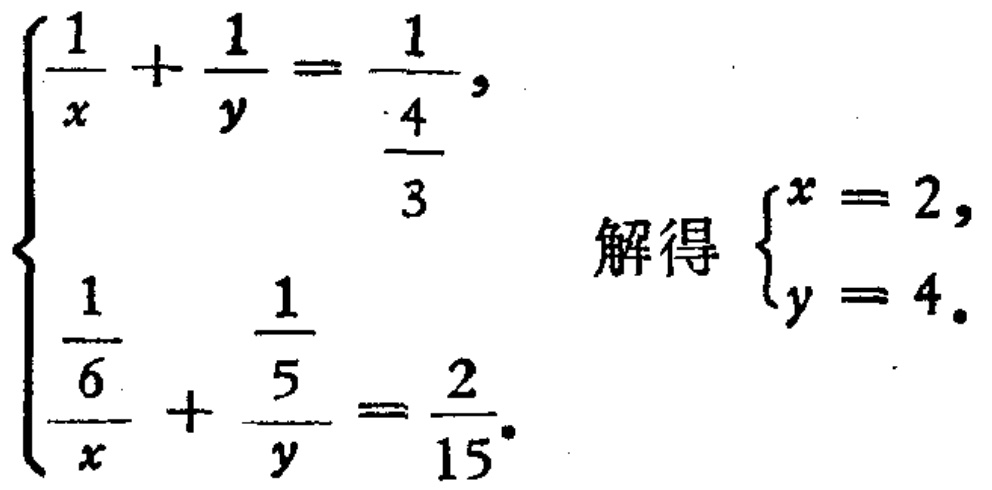
\[\begin{cases}
\frac{1}{x}+\frac{1}{y}=\frac{1}{\frac{4}{3}}\\
\frac{\frac{1}{6}}{x}+\frac{\frac{5}{1}}{y}=\frac{2}{15}
\end{cases}
\quad 解得 \quad
\begin{cases}
x = 2\\
y = 4
\end{cases}\]